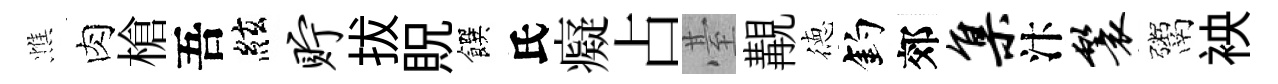
憔肉槍吾絃贮拔貺饌氏癡占䑓覯徳釣郊集汴鬟鬻䘧